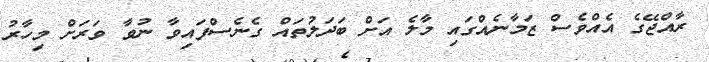
ރާއްޖޭގެ އެއްވެސް ޒަމާނެއްގައި މާލެ އަށް ބަދަލުތައް ގެނެސްފައިވާ ނުވާ ވަރަށް މިހާރު